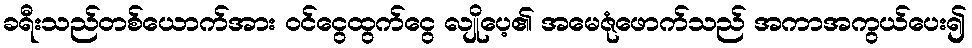
ခရီးသည်တစ်ယောက်အား ဝင်ငွေထွက်ငွေ လျိုပေ့၏ အမေဇုံဖောက်သည် အကာအကွယ်ပေး၍